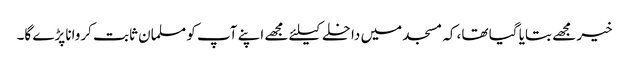
خیر مجھے بتایا گیا تھا، کہ مسجد میں داخلے کیلئے مجھے اپنے آپ کو مسلمان ثابت کروانا پڑے گا۔